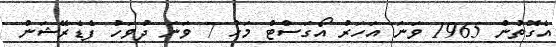
އެގޮތުން 1965 ވަނަ އަހަރު އޯގަސްޓް މަހު 7 ވަނަ ދުވަހު ފެޑެރޭޝަން